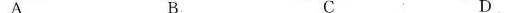
A B C D